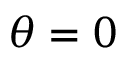
\theta = 0